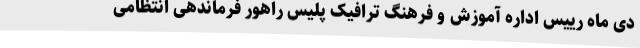
دی ماه رییس اداره آموزش و فرهنگ ترافیک پلیس راهور فرماندهی انتظامی